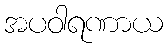
အပဝါရဏာယ